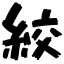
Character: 絞